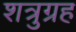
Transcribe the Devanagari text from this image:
शत्रुग्रह